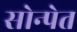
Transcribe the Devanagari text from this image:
सोन्पेत